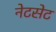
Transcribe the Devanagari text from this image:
नेटसेट